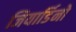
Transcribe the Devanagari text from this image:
जियार्डिनो